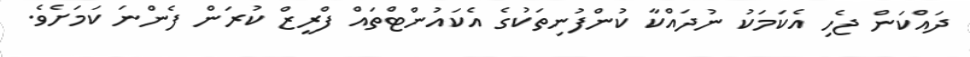
ދައްކަން ޖެހި އެކަމަކު ނުދައްކާ ކުންފުނިތަކުގެ އެކައުންޓްތައް ފްރީޒް ކުރަން ފެންނަ ކަމަށެވެ.